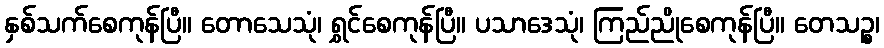
နှစ်သက်စေကုန်ပြီ။ တောသေသုံ၊ ရွှင်စေကုန်ပြီ။ ပသာဒေသုံ၊ ကြည်ညိုစေကုန်ပြီ။ တေသဉ္စ၊